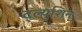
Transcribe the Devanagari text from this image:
ट्ल्युशिन